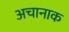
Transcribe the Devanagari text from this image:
अचानाक